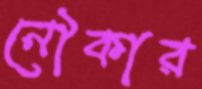
নৌকার